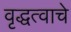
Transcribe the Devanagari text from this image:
वृद्धत्वाचे